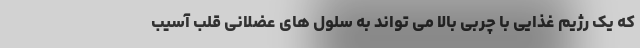
که یک رژیم غذایی با چربی بالا می تواند به سلول های عضلانی قلب آسیب